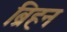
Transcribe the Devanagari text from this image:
ब्रिहन